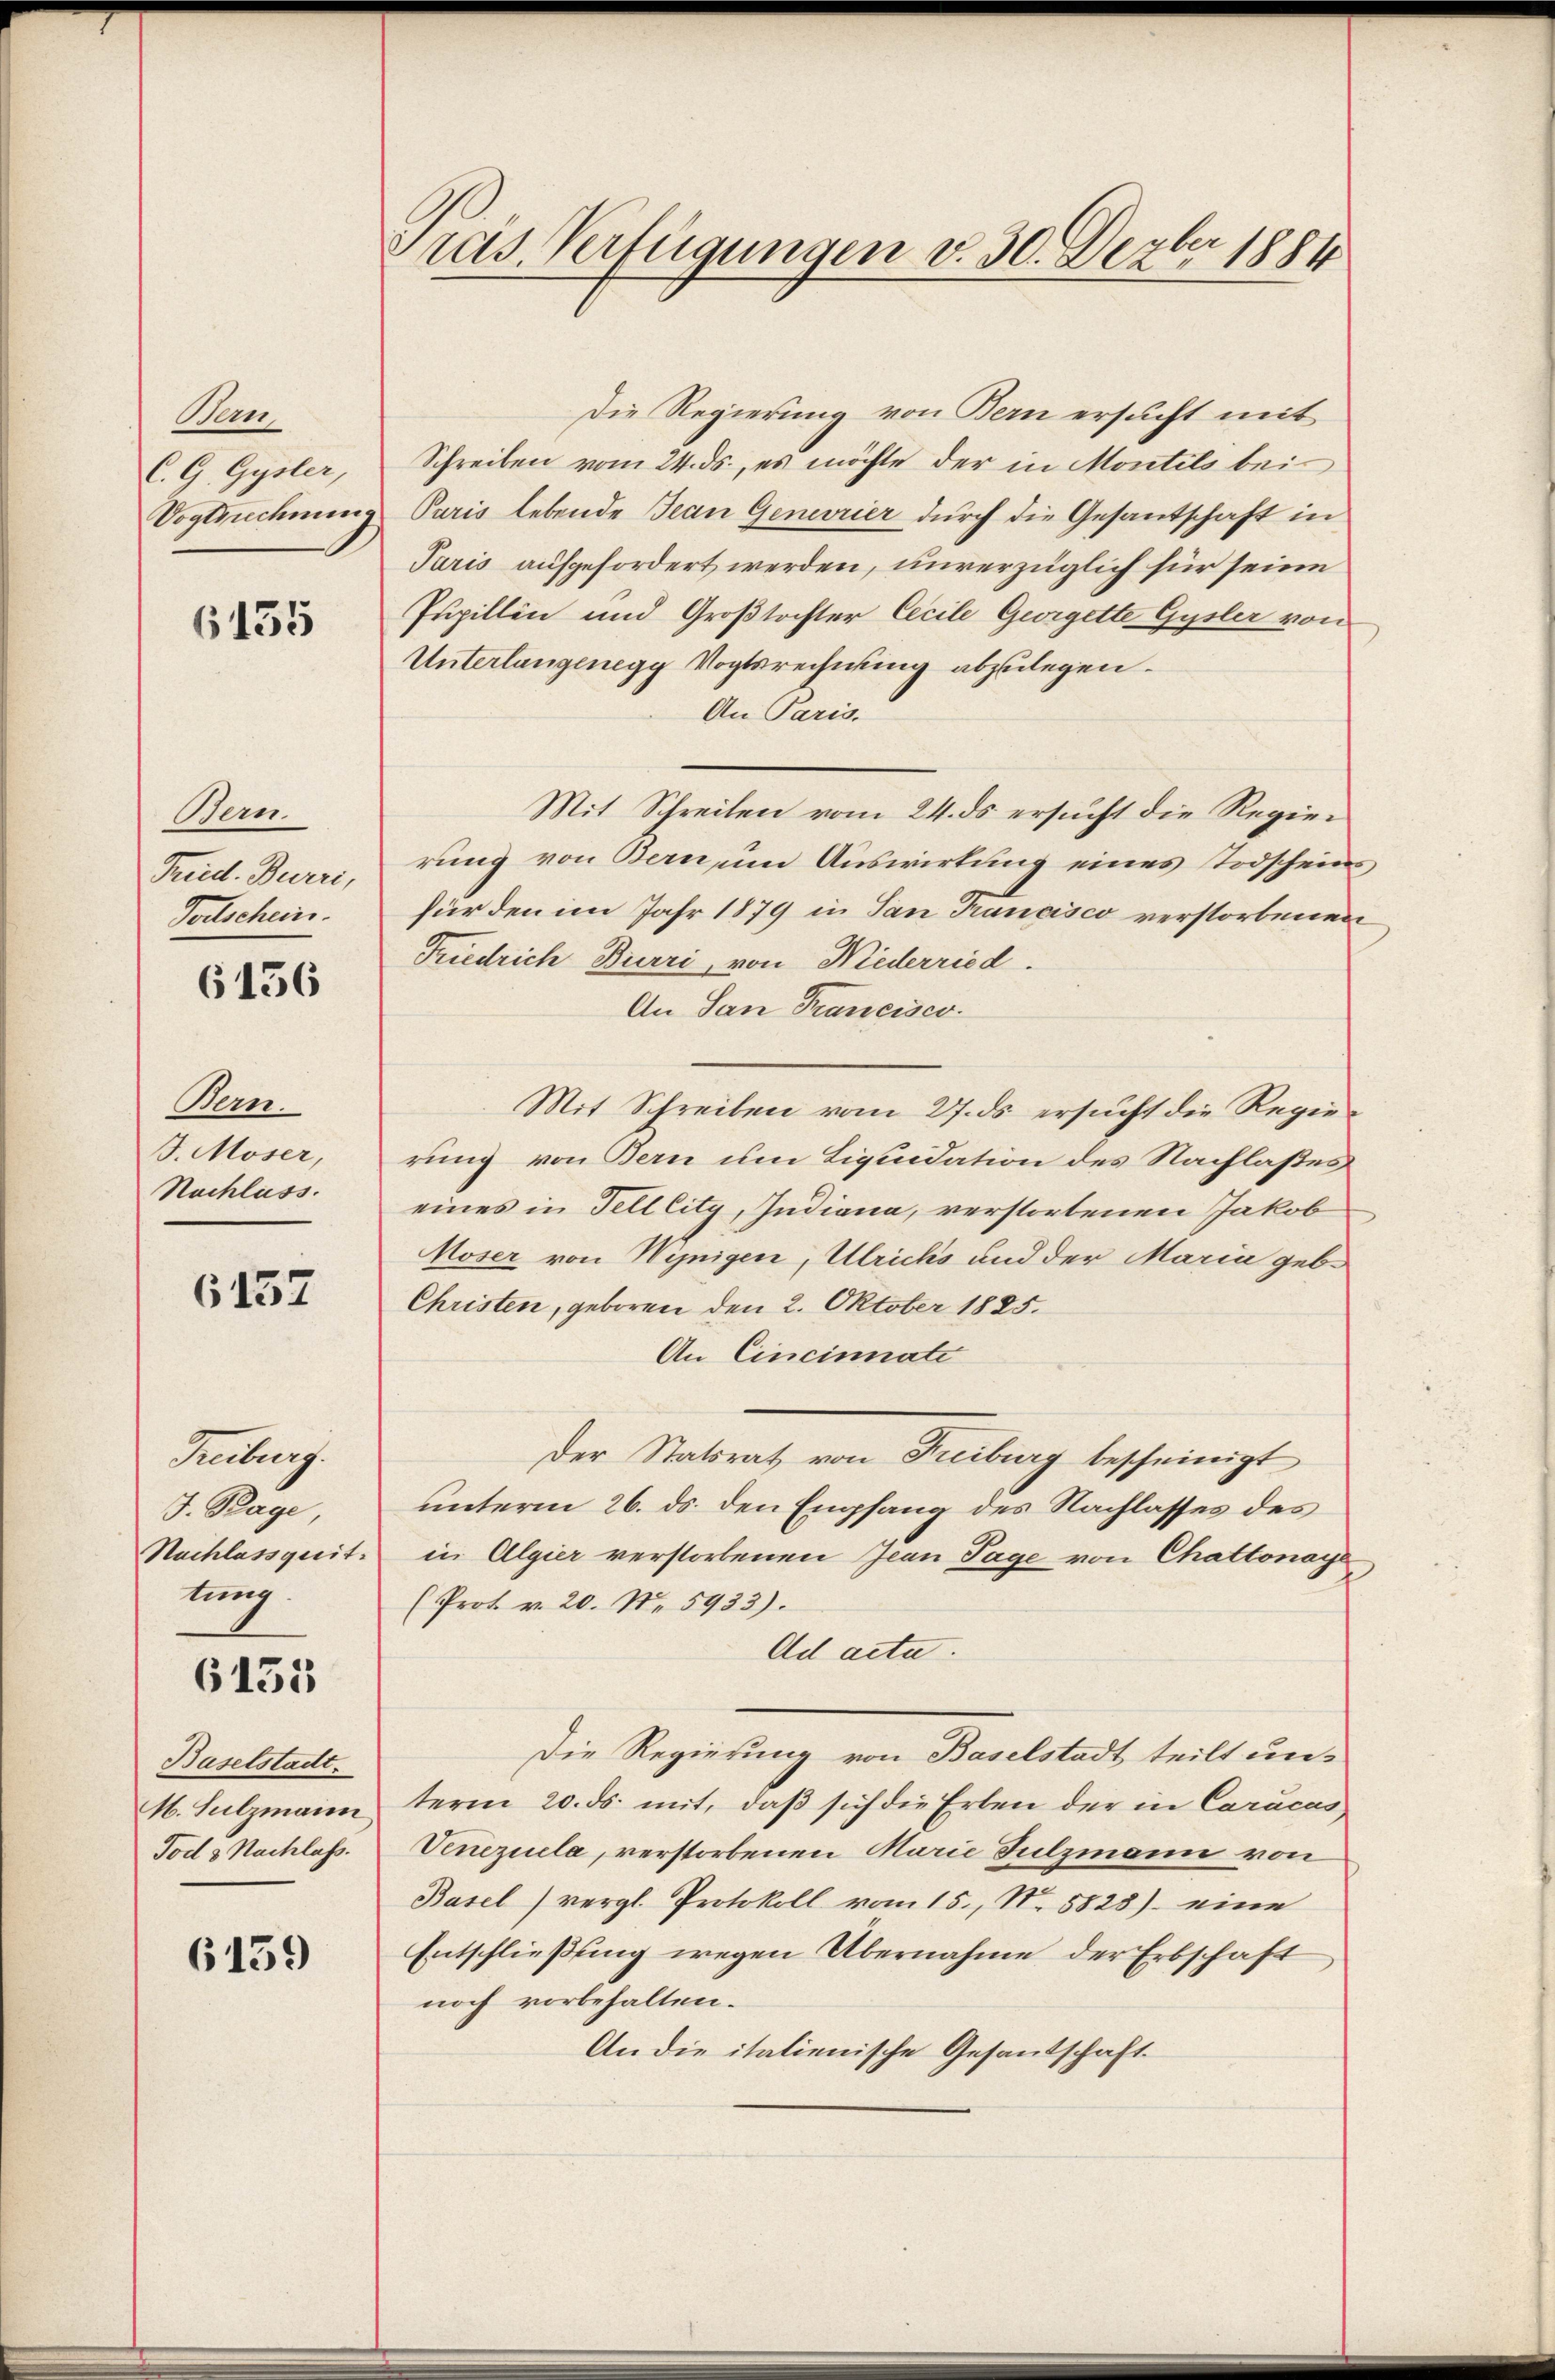
Be
C.G. Gysler,
Vogtsrechnung

6435

Ban
Fried. Burri,
Forschein.

6156

Bern.
J. Moser,
Nachlass.

6137

Freiburg.
J. Rage
Nachlassquit.
tung

6433

Baselstadt.
M. Sulzmann
Tod. 3. Nachlass.

6159

Cras Verfügungen v. 30. Dezbr 1884

Die Regierung von Bern ersucht mit
Schreiben vom 24. ds., es möchte der in Montils bei
Paris lebende Jean Genevrier durch die Gesantschaft in
Paris aufgefordert werden, unverzüglich für seine
Pupillin und Großtochter Cecile Georgette Gysler von
Unterlangenegg Vogtsrechnung abzulegen.
An Paris.
Mit Schreiben vom 24. ds ersucht die Regier
rung von Bern, um Auswirkung eines Todscheins
fürden im Jahr 1879 in San Francisco verstorbenen
Friedrich Burri, von Niederried.
An San Francisco
Mit Schreiben vom 27. ds. ersucht die Regierung von Bern um Liquidation des Nachlasses
eines in Fell lity, Indiana, verstorbenen Jakob
Moser von Winigen, Ulrichs und der Maria geb.
Christen, geboren den 2. Oktober 1825.
An Cincinnate
Der Statsrat von Freiburg bescheinigt
unterm 26. ds. den Empfang des Nachlasses des
in Algier verstorbenen Jean Tage von Chattonaye
(Prot. v. 20. No. 5933).
Ad acta.
Die Regierung von Baselstadt teilt un-
term 20. ds. mit, daß sich die Erben der in Caracas,
Veneziela, verstorbenen Marie Sulzmann von
Basel vergl. Protokoll vom 15. No. 5828) eine
Entschließung wegen Übernahme der Erbschaft
noch vorbehalten.
An die italienische Gesandschaft.